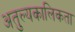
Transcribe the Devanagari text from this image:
अतुल्यकालिकता